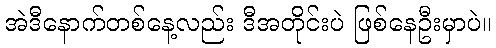
အဲဒီနောက်တစ်နေ့လည်း ဒီအတိုင်းပဲ ဖြစ်နေဦးမှာပဲ။